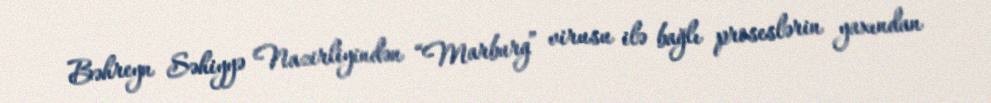
Bəhreyn Səhiyyə Nazirliyindən “Marburg” virusu ilə bağlı proseslərin yaxından